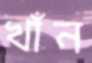
খাঁন